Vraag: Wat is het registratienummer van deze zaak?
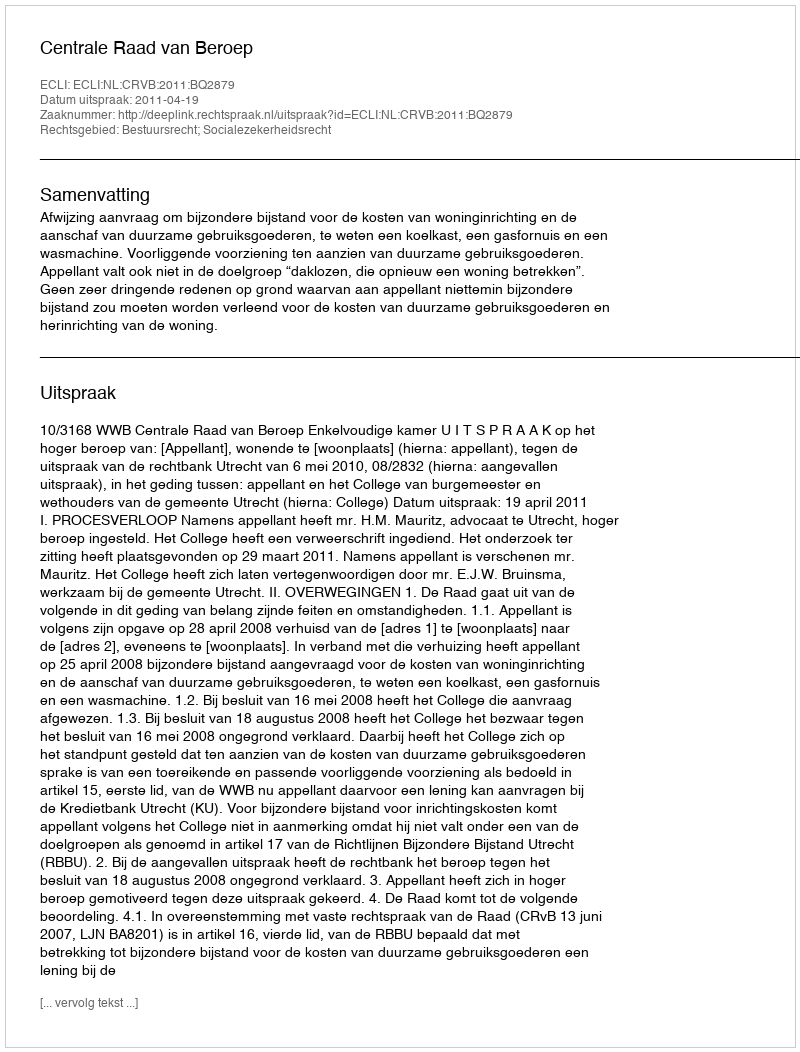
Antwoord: http://deeplink.rechtspraak.nl/uitspraak?id=ECLI:NL:CRVB:2011:BQ2879